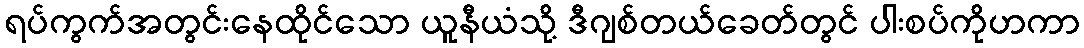
ရပ်ကွက်အတွင်းနေထိုင်သော ယူနီယံသို့ ဒီဂျစ်တယ်ခေတ်တွင် ပါးစပ်ကိုဟကာ